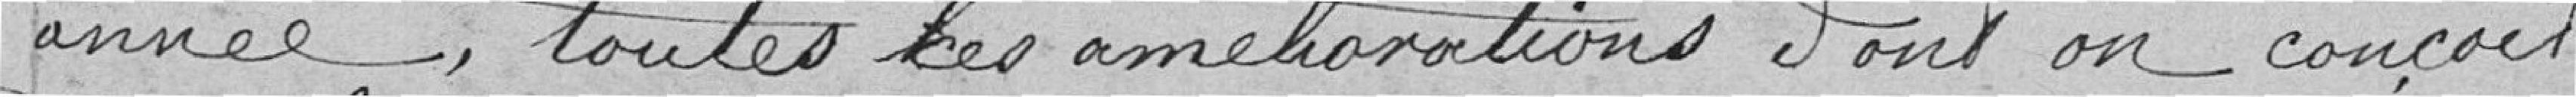
année, toutes les améliorations dont on conçoit